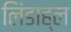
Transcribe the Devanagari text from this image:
लिंडाह्ल